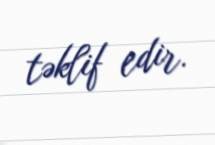
təklif edir.